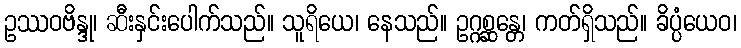
ဥဿဝဗိန္ဒု၊ ဆီးနှင်းပေါက်သည်။ သူရိယေ၊ နေသည်။ ဥဂ္ဂစ္ဆန္တေ၊ ကတ်ရှိသည်။ ခိပ္ပံယေဝ၊